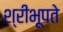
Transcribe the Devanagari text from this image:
श्रीभूपते